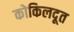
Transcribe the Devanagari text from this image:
कोकिलदूत